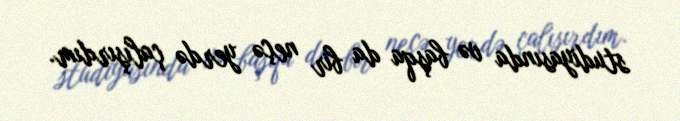
studiyasında və başqa da bir neçə yerdə çalışırdım.